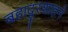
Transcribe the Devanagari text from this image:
बहादुरशाहने